Annual report of the Punjab Veterinary College and of the Civil Veterinary Department, Punjab - 1926-1932
Year: 1926
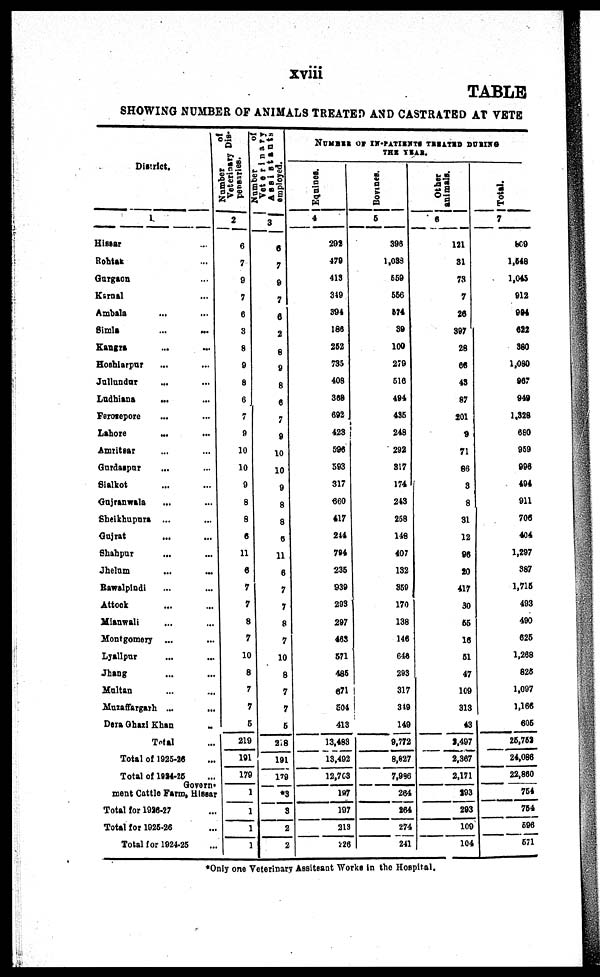
xviii
TABLE
SHOWING NUMBER OF ANIMALS TREATED AND CASTRATED AT VETE
District.
1
Hissar ...
Rohtak ...
Gurgaon ...
Karnal ... ...
Ambala ... ...
Simla ... ... ...
Kangra ... ...
Hoshiarpur ... ...
Jallundur ... ...
Ludhiana ... ...
Ferozepore ... ...
Lahore ... ...
Amritsar ... ...
Gurdaspur ... ...
Sialkot ... ...
Gujranwala ... ...
Sheikhupura ... ...
Gujrat ... ... ...
Shahpur ... ... ...
Jhelum ... ...
Bawalpindi ... ... ...
Attock ... ... ...
Mianwali ... ... ...
Montgomery ... ... ...
Lyallpur ... ... ...
Jhang ... ... ...
Multan ... ... ... ...
Muzaffargarh ... ...
Dera Ghazi Khan ...
Total ... ... ...
Total of 1025-26 ...
Total of 1814-26 ...
Govern-
ment Cattle Farm, Hissar
Total for 1026-27 ...
Total for 1926-26 ...
Total for 1924-25 ...
Number
of
Veterinary
Dis-
pensaries.
2
6
7
9
7
6
3
8
9
8
6
7
9
10
10
9
8
8
6
11
6
7
7
8
7
10
8
7
7
5
219
10
17
Number
of
Veterinary
Assistants
employed.
3
6
7
9
7
6
2
8
9
8
6
7
9
10
10
9
8
8
6
11
6
7
7
8
7
10
8
7
7
5
2 8
191
179
*3
1
8
1
2
1
2
NUMBER OF IN-PATIENTS TREATED DURING
THE YEAR.
Eqnines.
4
292
479
413
319
394
186
262
735
408
368
692
423
590
593
317
660
417
244
794
235
939
203
297
463
571
486
671
£04
413
13,483
13,402
12,763
197
197
213
226
Bovines.
5
396
1,033
559
566
574
39
100
279
516
494
435
248
292
317
174
243
258
149
407
132
359
170
138
146
646
293
317
319
149
9,772
8,627
7,986
264
264
274
241
Other
animals.
6
121
31
73
7
20
397
28
66
43
87
201
9
71
86
8
8
31
12
96
20
417
30
65
16
51
47
109
313
43
2,407
2,367
2,17
203
293
109
104
Total.
7
809
1,648
1,045
912
994
622
380
1,080
967
949
1,328
660
950
996
494
911
706
404
1,297
387
1,716
403
400
625
1,268
825
1,097
1,166
695
25,758
24,086
22,860
754
754
596
571
*Only one Veterinary Assitsant Works in the Hospital.